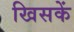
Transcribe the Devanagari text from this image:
खिसकें